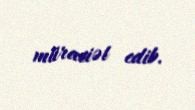
müraciət edib.